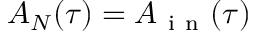
A _ { N } ( \tau ) = A _ { \mathrm { ~ i ~ n ~ } } ( \tau )